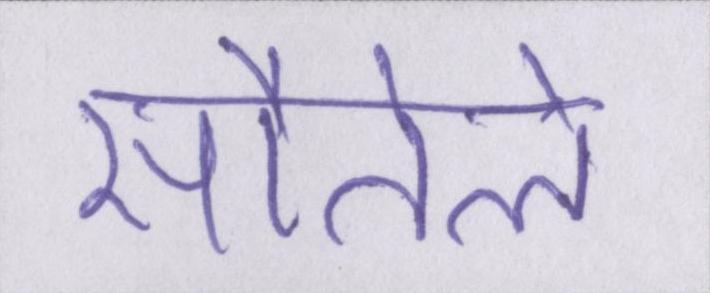
सौतेले